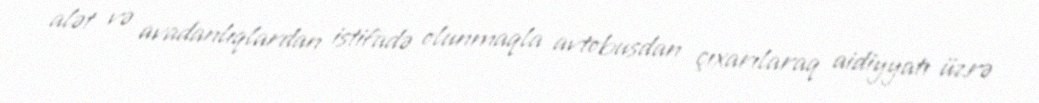
alət və avadanlıqlardan istifadə olunmaqla avtobusdan çıxarılaraq aidiyyatı üzrə